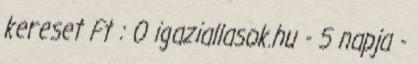
kereset Ft : 0 igaziallasok.hu - 5 napja -